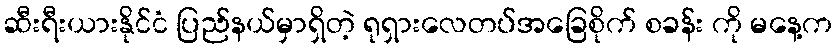
ဆီးရီးယားနိုင်ငံ ပြည်နယ်မှာရှိတဲ့ ရုရှားလေတပ်အခြေစိုက် စခန်း ကို မနေ့က